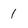
Character: 1